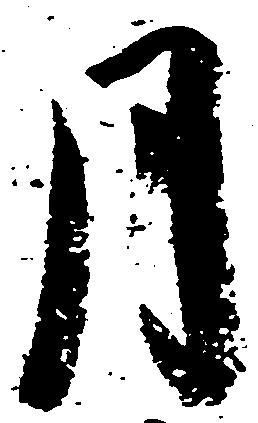
月